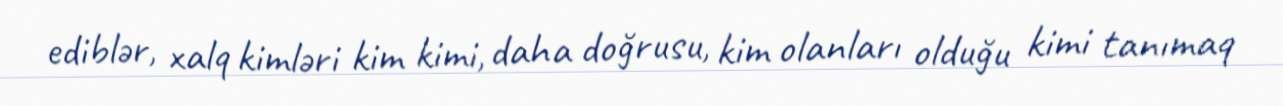
ediblər, xalq kimləri kim kimi, daha doğrusu, kim olanları olduğu kimi tanımaq